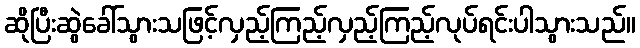
ဆိုပြီးဆွဲခေါ်သွားသဖြင့်လှည့်ကြည့်လှည့်ကြည့်လုပ်ရင်းပါသွားသည်။